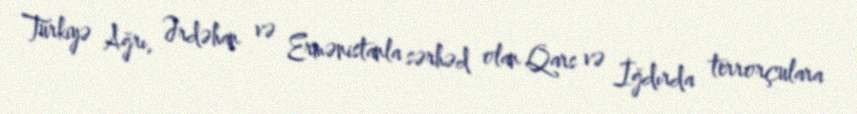
Türkiyə Ağrı, Ərdəhan və Ermənistanla sərhəd olan Qars və İğdırda terrorçulara